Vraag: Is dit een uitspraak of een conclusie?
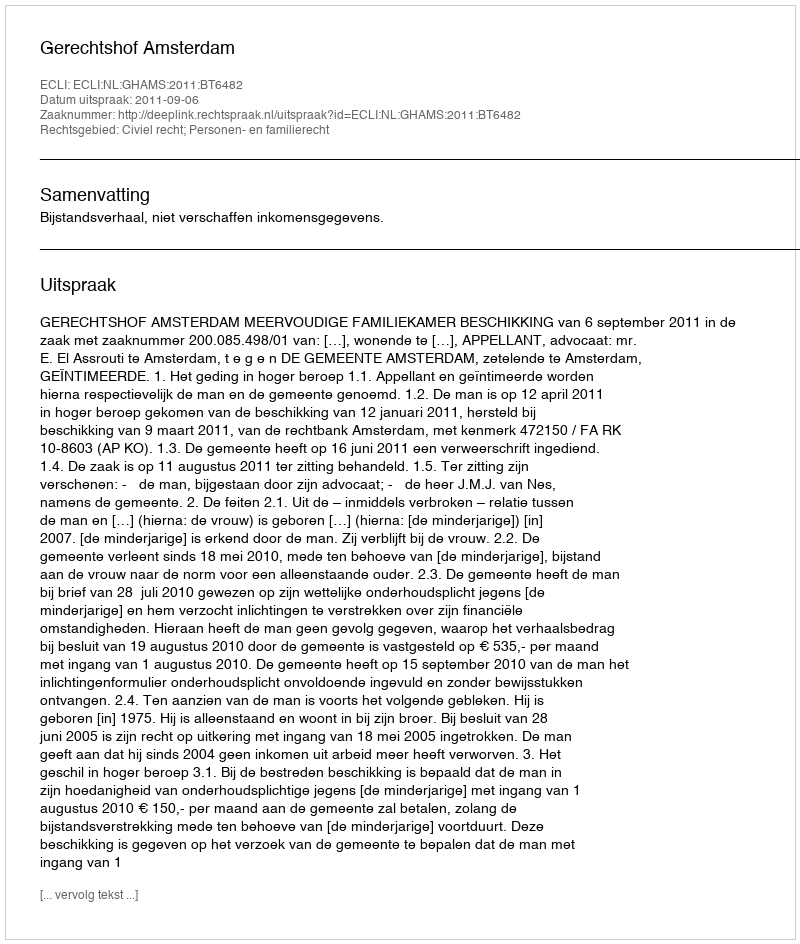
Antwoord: Uitspraak